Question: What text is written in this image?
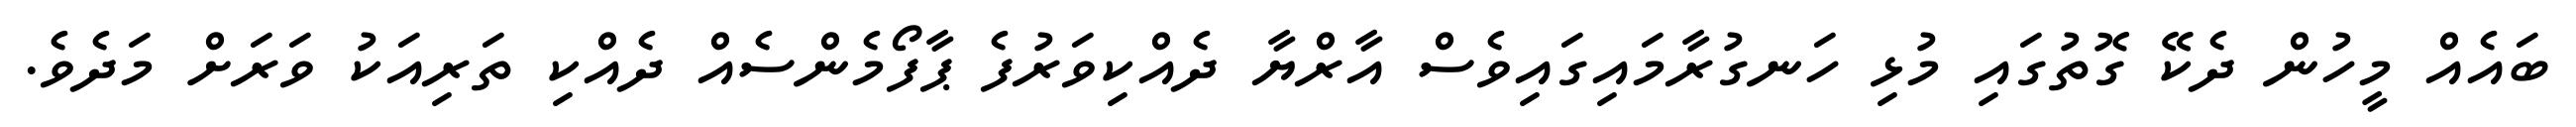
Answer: ބައެއް މީހުން ދެކޭ ގޮތުގައި މުޅި ހަނގުރާމައިގައިވެސް އާރްޔާ ދެއްކިވަރުފެ ޕާފޯމެންސެއް ދެއްކި ތަރިއަކު ވަރަށް މަދެވެ.